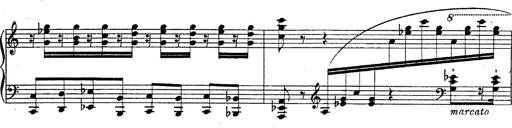
Title: Fantasie Ã¼ber Themen aus Mozarts Figaro und Don Giovanni
Composer: Franz Liszt